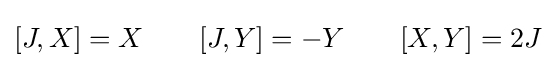
[J,X]=X\qquad [J,Y]=-Y\qquad [X,Y]=2J